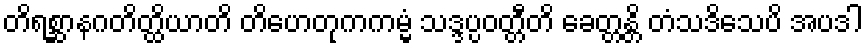
တိရစ္ဆာနဂတိတ္ထိယာတိ တိဟေတုကကမ္မံ သဒ္ဒပ္ပဝတ္တီတိ ခေတ္တန္တိ တံသဒိသေပိ အပဒါ